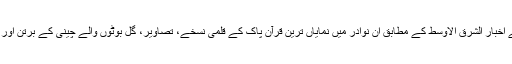
سعودی عرب کے اخبار الشرق الاوسط کے مطابق ان نوادر میں نمایاں ترین قرآن پاک کے قلمی نسخے، تصاویر، گل بوٹوں والے چینی کے برتن اور آرائشی اشیاء ہیں۔